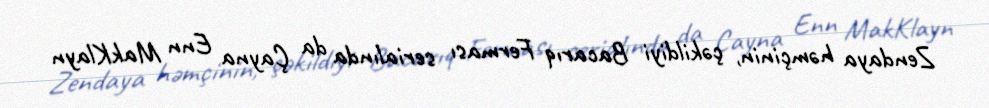
Zendaya həmçinin, çəkildiyi Bacarıq Ferması serialında da Çayna Enn MakKlayn